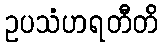
ဥပသံဟရတီတိ